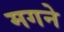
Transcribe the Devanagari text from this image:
मगने